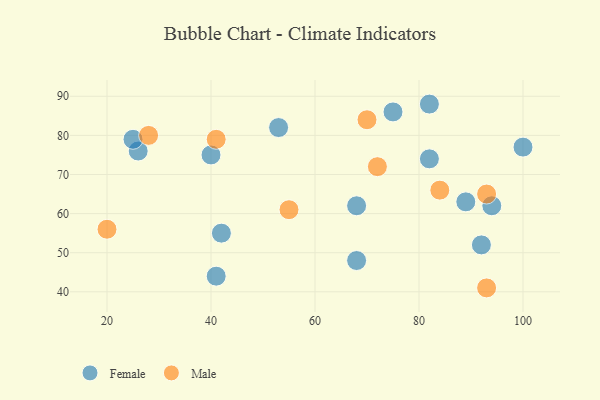
{"axis": {"x": "GDP", "y": "Life Expectancy"}, "legend": ["Female", "Male"], "data": [{"x": "100", "y": 77, "type": "Female"}, {"x": "82", "y": 88, "type": "Female"}, {"x": "53", "y": 82, "type": "Female"}, {"x": "94", "y": 62, "type": "Female"}, {"x": "82", "y": 74, "type": "Female"}, {"x": "42", "y": 55, "type": "Female"}, {"x": "75", "y": 86, "type": "Female"}, {"x": "26", "y": 76, "type": "Female"}, {"x": "89", "y": 63, "type": "Female"}, {"x": "41", "y": 44, "type": "Female"}, {"x": "92", "y": 52, "type": "Female"}, {"x": "25", "y": 79, "type": "Female"}, {"x": "68", "y": 62, "type": "Female"}, {"x": "68", "y": 48, "type": "Female"}, {"x": "40", "y": 75, "type": "Female"}, {"x": "70", "y": 84, "type": "Male"}, {"x": "84", "y": 66, "type": "Male"}, {"x": "72", "y": 72, "type": "Male"}, {"x": "41", "y": 79, "type": "Male"}, {"x": "28", "y": 80, "type": "Male"}, {"x": "20", "y": 56, "type": "Male"}, {"x": "93", "y": 41, "type": "Male"}, {"x": "55", "y": 61, "type": "Male"}, {"x": "93", "y": 65, "type": "Male"}]}